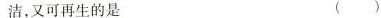
洁，又可再生的是（）